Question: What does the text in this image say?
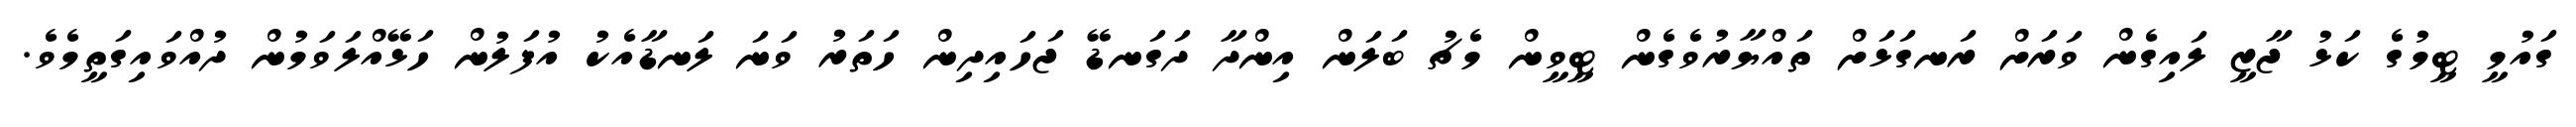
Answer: ގައުމީ ޓީމުގެ ކަޅު ޖާޒީ ލައިގެން ވަރަށް ރަނގަޅަށް ތައްޔާރުވެގެން ޓީވީން މެޗު ބަލަން އިންދާ ދަގަނޑޭ ޖަހައިދިން ހަތަރު ވަނަ ލަނޑާއެކު އުފަލުން ހަޅޭއްލަވަމުން ދުއްވައިގަތީމެވެ.